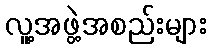
လူ့အဖွဲ့အစည်းများ